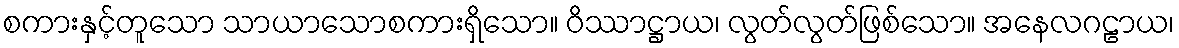
စကားနှင့်တူသော သာယာသောစကားရှိသော။ ဝိဿာဋ္ဌာယ၊ လွတ်လွတ်ဖြစ်သော။ အနေလဂဠာယ၊